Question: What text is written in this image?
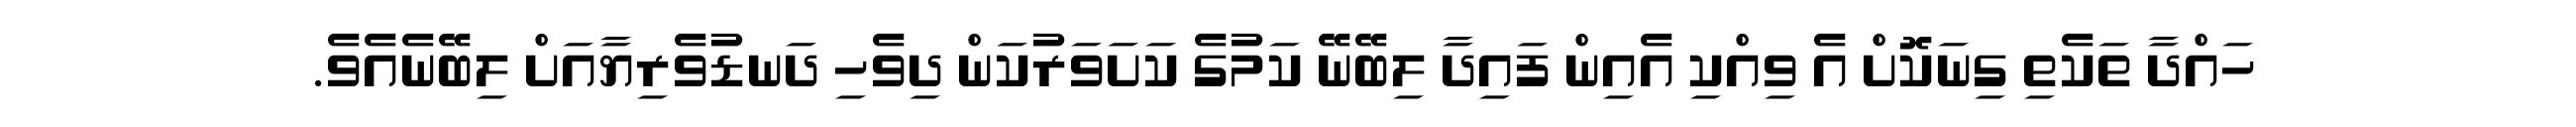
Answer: ހައްދާ ތަކެތި ގިނަކޮށް އެ ވިއްކި އެއިން ފައިދާ ލިބޭނޭ ކަމުގެ ކަށަވަރުކަން ދިވެހި ދަނޑުވެރިޔާއަށް ލިބޭނެއެވެ.